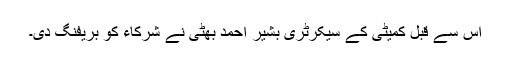
اس سے قبل کمیٹی کے سیکرٹری بشیر احمد بھٹی نے شرکاء کو بریفنگ دی۔